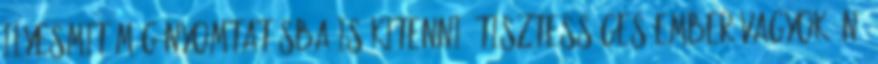
ilyesmit még nyomtatásba is kitenni. Tisztességes ember vagyok én,